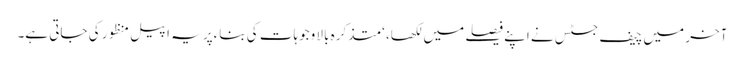
آخر میں چیف جسٹس نے اپنے فیصلے میں لکھا، ‘متذکرہ بالا وجوہات کی بناءپر یہ اپیل منظور کی جاتی ہے۔